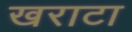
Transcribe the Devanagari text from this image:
खराटा